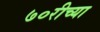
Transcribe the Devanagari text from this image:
७०रीच्या